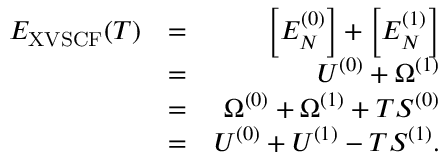
\begin{array} { r l r } { E _ { \mathrm { X V S C F } } ( T ) } & { = } & { \Big [ E _ { N } ^ { ( 0 ) } \Big ] + \Big [ E _ { N } ^ { ( 1 ) } \Big ] } \\ & { = } & { U ^ { ( 0 ) } + \Omega ^ { ( 1 ) } } \\ & { = } & { \Omega ^ { ( 0 ) } + \Omega ^ { ( 1 ) } + T S ^ { ( 0 ) } } \\ & { = } & { U ^ { ( 0 ) } + U ^ { ( 1 ) } - T S ^ { ( 1 ) } . } \end{array}